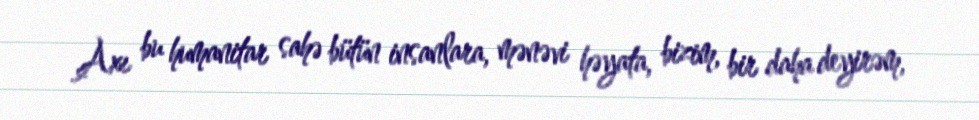
Axı bu humanitar sahə bütün insanlara, mənəvi həyata, bizim, bir daha deyirəm,